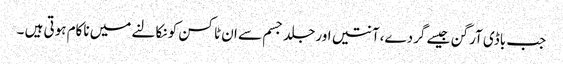
جب باڈی آرگن جیسے گردے،آنتیں اور جلد جسم سے ان ٹاکسن کو نکالنے میں ناکام ہوتی ہیں ۔